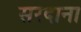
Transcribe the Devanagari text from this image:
सरदाना